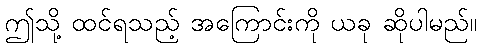
ဤသို့ ထင်ရသည့် အကြောင်းကို ယခု ဆိုပါမည်။